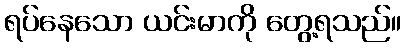
ရပ်နေသော ယင်းမာကို တွေ့ရသည်။